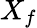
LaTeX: X_{f}